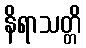
နိရာသတ္တိ